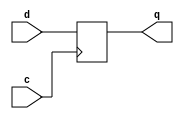
module df(q,d,c);
output q;
 input d,c;
 reg q;
 initial 
	   begin
		   q<=1'b0;
      	  end
	always @ (posedge c)
	   begin 
		 q<=d;
	   end
endmodule